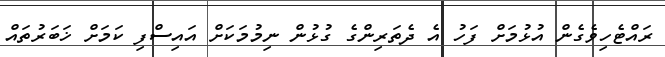
ރައްޓެހިވެގެން އުޅުމަށް ފަހު އެ ދެތަރިންގެ ގުޅުން ނިމުމަކަށް އައިސްފި ކަމަށް ޚަބަރުތައް